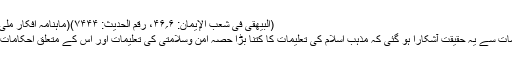
(البیھقی فی شعب الإیمان: ۶؍۴۶، رقم الحدیث: ۷۴۴۴)(ماہنامہ افکار ملی، ستمبر۲۰۱۰ء)
مذکورہ بالا تعلیمات سے یہ حقیقت آشکارا ہو گئی کہ مذہب اسلام کی تعلیمات کا کتنا بڑا حصہ امن وسلامتی کی تعلیمات اور اس کے متعلق احکامات سے وابستہ ہے۔